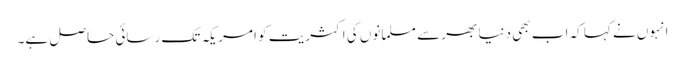
انہوں نے کہا کہ اب بھی دنیا بھر سے مسلمانوں کی اکثریت کو امریکہ تک رسائی حاصل ہے۔